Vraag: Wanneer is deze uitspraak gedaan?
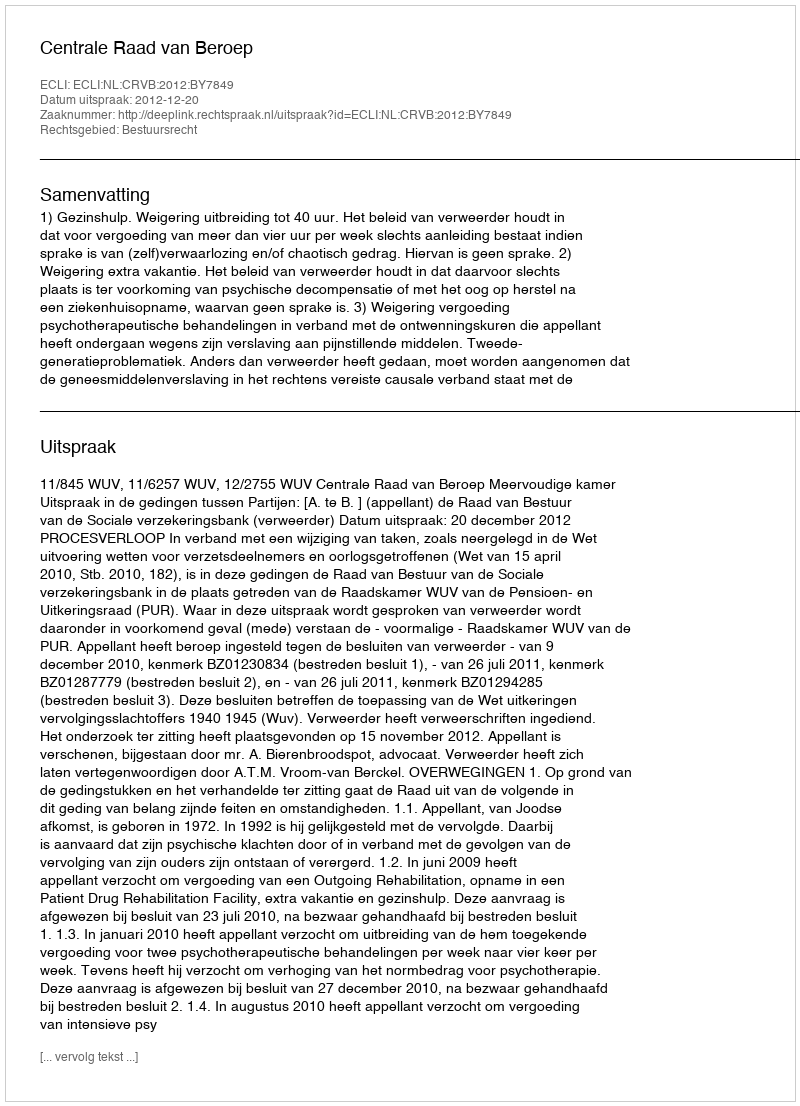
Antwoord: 2012-12-20